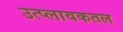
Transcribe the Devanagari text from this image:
उत्प्लावकतल